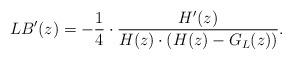
LaTeX: \begin{align*} LB'(z) = -\frac{1}{4} \cdot \frac{H'(z)}{H(z)\cdot(H(z)- G_L(z))}. \end{align*}